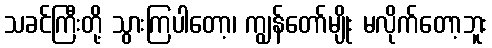
သခင်ကြီးတို့ သွားကြပါတော့၊ ကျွန်တော်မျိုး မလိုက်တော့ဘူး